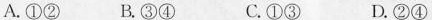
A.①② B.③④ C.①③ D.②④